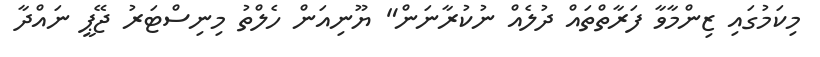
މިކަމުގައި ޒިންމާވާ ފަރާތްތައް ދުލެއް ނުކުރާނަން" ޔޫނިއަން ހެލްތު މިނިސްޓަރު ޖޭޕީ ނައްދާ